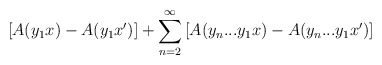
\begin{align*}\left[ A(y_1 x) - A(y_1 x') \right] + \sum_{n = 2}^\infty \left[ A(y_n...y_1x) - A(y_n...y_1x') \right]\end{align*}